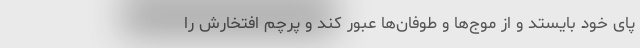
پای خود بایستد و از موج‌ها و طوفان‌ها عبور کند و پرچم افتخارش را